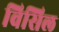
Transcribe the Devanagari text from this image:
विसिल